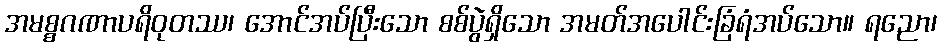
အမစ္စဂဏာပရိဝုတဿ၊ အောင်အပ်ပြီးသော စစ်ပွဲရှိသော အမတ်အပေါင်းခြံရံအပ်သော။ ရညော၊